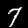
Label: 7